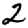
Digit: 2